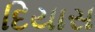
દિયાસ